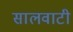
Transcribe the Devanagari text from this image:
सालवाटी